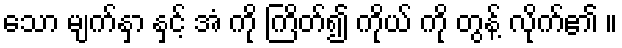
သော မျက်နှာ နှင့် အံ ကို ကြိတ်၍ ကိုယ် ကို တွန့် လိုက်၏ ။